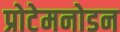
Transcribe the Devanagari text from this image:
प्रोटेमनोडन